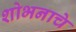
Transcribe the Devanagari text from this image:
शोभनाचे